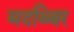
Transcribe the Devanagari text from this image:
मदब्बिर